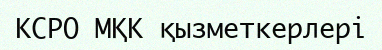
КСРО МҚК қызметкерлері